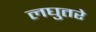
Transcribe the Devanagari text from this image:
लघुतरे